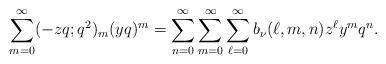
LaTeX: \begin{align*} \sum_{m=0}^{\infty}(-zq;q^2)_m (yq)^m=\sum_{n=0}^{\infty}\sum_{m=0}^{\infty}\sum_{\ell=0}^{\infty}b_{\nu}(\ell,m,n)z^\ell y^m q^n.\end{align*}